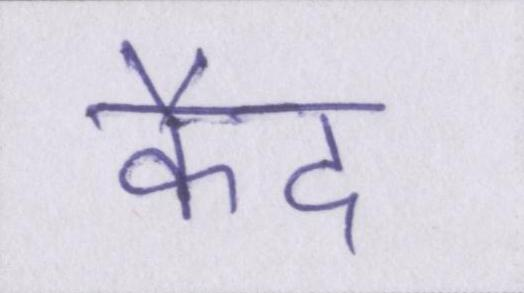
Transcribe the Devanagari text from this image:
कैद